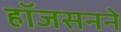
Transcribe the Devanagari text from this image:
हॉजसनने